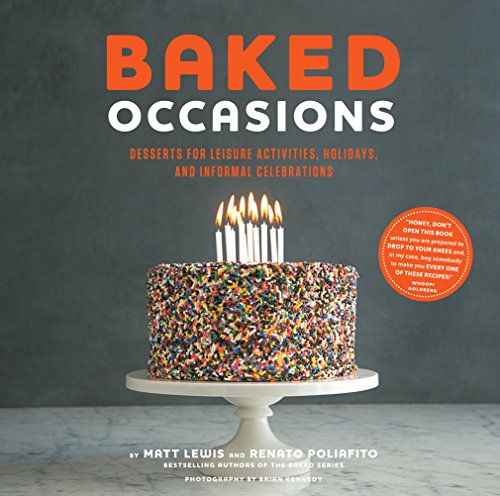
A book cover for Baked Occasions: Desserts for Leisure Activities, Holidays, and Informal Celebrations; Matt Lewis; Cookbooks, Food & Wine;